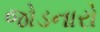
જોડનારો